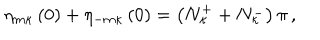
\eta _ { m \kappa } \left( 0 \right) + \eta _ { - m \kappa } \left( 0 \right) = \left( N _ { \kappa } ^ { + } + N _ { \kappa } ^ { - } \right) \pi \, ,